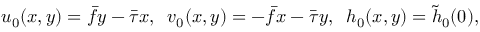
u _ { 0 } ( x , y ) = \bar { f } y - \bar { \tau } x , \; \; v _ { 0 } ( x , y ) = - \bar { f } x - \bar { \tau } y , \; \; h _ { 0 } ( x , y ) = \tilde { h } _ { 0 } ( 0 ) ,